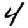
Digit: 4